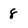
Character: 8